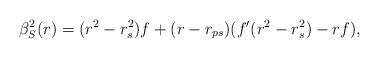
LaTeX: \begin{align*}\beta_S^2(r) = (r^2 - r_s^2)f + (r-r_{ps})(f'(r^2 -r_s^2) -rf),\end{align*}